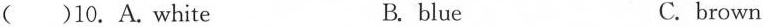
( )10.A.White B. blue C. brown